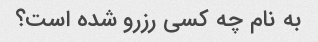
به نام چه کسی رزرو شده است؟